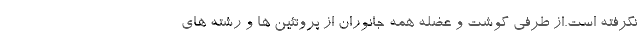
نگرفته است.از طرفی گوشت و عضله همه جانوران از پروتئین ها و رشته های